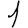
Digit: 1